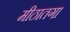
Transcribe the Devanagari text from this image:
मीठातगा